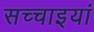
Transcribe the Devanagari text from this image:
सच्चाइयां